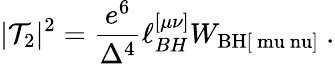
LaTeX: |{\cal T}_{2}|^{2}={\frac{e^{6}}{\Delta^{4}}}\ell_{BH}^{[\mu\nu]}W_{\mathrm{BH[\ mu\ nu]}}\ .